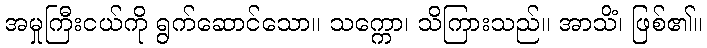
အမှုကြီးငယ်ကို ရွက်ဆောင်သော။ သက္ကော၊ သိကြားသည်။ အာသိံ၊ ဖြစ်၏။